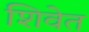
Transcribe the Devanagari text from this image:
शिवेत